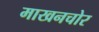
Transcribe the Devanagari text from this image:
माखनचोर